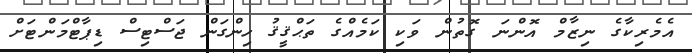
އެމެރިކާގެ ނިޒާމް އޮންނަ ގޮތުން ވަކި ކަމެއްގެ ތަޙްޤީޤު ހިންގަން ޖަސްޓިސް ޑިޕާޓްމަންޓަށް